Annual statistical returns and brief notes on vaccination in Bengal - 1887-1898
Year: 1887
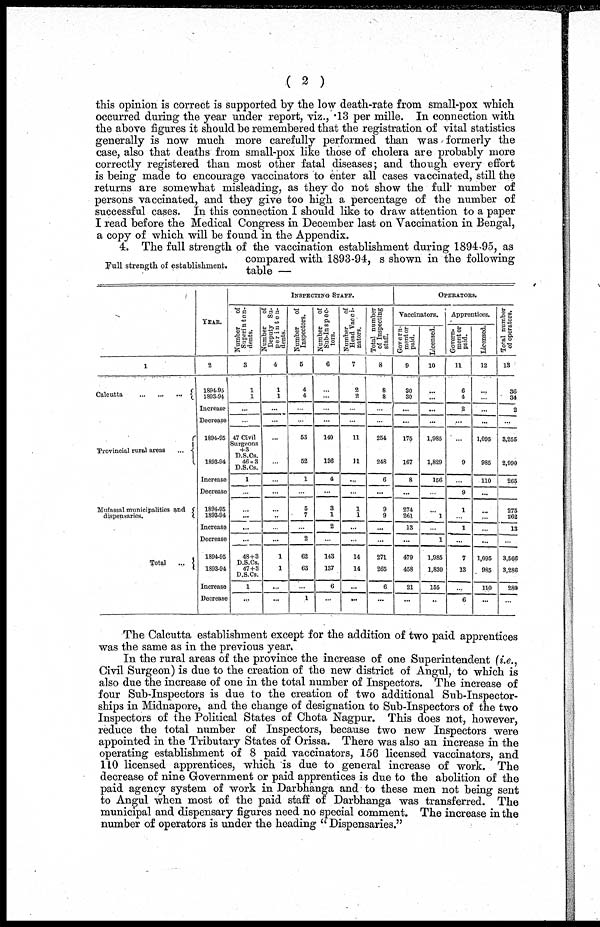
( 2 )
this opinion is correct is supported by the low death-rate from small-pox which
occurred during the year under report, viz., .13 per mille. In connection with
the above figures it should be remembered that the registration of vital statistics
generally is now much more carefully performed than was formerly the
case, also that deaths from small-pox like those of cholera are probably more
correctly registered than most other fatal diseases; and though every effort
is being made to encourage vaccinators to enter all cases vaccinated, still the
returns are somewhat misleading, as they do not show the full number of
persons vaccinated, and they give too high a percentage of the number of
successful cases. In this connection I should like to draw attention to a paper
I read before the Medical Congress in December last on Vaccination in Bengal,
a copy of which will be found in the Appendix.
Full strength of establishment.
4. The full strength of the vaccination establishment during 1894-95, as
compared with 1893-94, s shown in the following
table —
1
Calcutta ... ... ...
Provincial rural areas
...
Mufassal municipalities and
dispensaries.
Total
...
YEAR.
2
1894-95
1893-94
Increase
Decrease
1894-95
1893-94
Increase
Decrease
1894-95
1893-94
Increase
Decrease
1894-95
1893-94
Increase
Decrease
INSPECTING STAFF.
Number
of
Superinten-
dents.
3
1
1
...
...
47 Civil
Surgeons
+3
D.S.CS.
46+3
D.S.CS.
1
...
...
...
...
...
48+3
D.S.CS.
47+3
D.S.CS.
1
...
Number
of
Deputy Su-
perinten-
dents.
4
1
1
...
...
...
...
...
...
...
...
...
...
1
1
...
...
Number
of
Inspectors.
5
4
4
...
...
53
52
1
...
5
7
...
2
62
63
...
1
Number
of
Sub-Inspec-
tors.
6
...
...
...
...
140
136
4
...
3
1
2
...
143
137
6
...
Number
of
Head Vacci-
nators.
7
2
2
...
...
11
11
...
...
1
1
...
...
14
14
...
...
Total number
of Inspecting
staff.
8
8
8
...
...
254
248
6
...
9
9
...
...
271
265
6
...
OPERATORS.
Vaccinators.
Govern-
ment or
paid.
9
30
30
...
...
175
167
8
...
274
261
13
...
479
458
21
...
Licensed.
10
...
...
...
...
1,985
1,829
156
...
...
1
...
1
1,985
1,830
155
...
Apprentices.
Govern-
ment or
paid.
11
6
4
2
...
...
9
...
9
1
...
1
...
7
13
...
6
Licensed.
12
...
...
...
...
1,095
985
110
...
...
...
...
...
1,095
985
110
...
Total number
of operators.
13
36
34
2
...
3,255
2,990
265
...
...
262
13
...
3,566
3,286
280
...
The Calcutta establishment except for the addition of two paid apprentices
was the same as in the previous year.
In the rural areas of the province the increase of one Superintendent (i.e.,
Civil Surgeon) is due to the creation of the new district of Angul, to which is
also due the increase of one in the total number of Inspectors. The increase of
four Sub-Inspectors is due to the creation of two additional Sub-Inspector-
ships in Midnapore, and the change of designation to Sub-Inspectors of the two
Inspectors of the Political States of Chota Nagpur. This does not, however,
reduce the total number of Inspectors, because two new Inspectors were
appointed in the Tributary States of Orissa. There was also an increase in the
operating establishment of 8 paid vaccinators, 156 licensed vaccinators, and
110 licensed apprentices, which is due to general increase of work. The
decrease of nine Government or paid apprentices is due to the abolition of the
paid agency system of work in Darbhanga and to these men not being sent
to Angul when most of the paid staff of Darbhanga was transferred. The
municipal and dispensary figures need no special comment. The increase in the
number of operators is under the heading " Dispensaries."